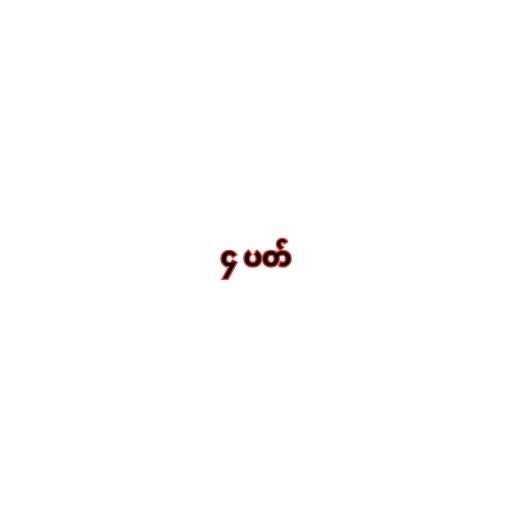
၄ ပတ်